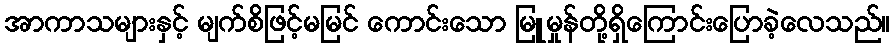
အာကာသများနှင့် မျက်စိဖြင့်မမြင် ကောင်းသော မြူမှုန်တို့ရှိကြောင်းပြောခဲ့လေသည်။